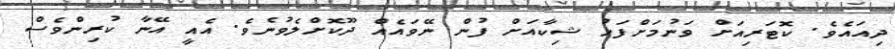
ދިއައެވެ. ކޮޓަރިއަށް ވަނުމަށްފަހު ޝިކާއަށް ފުން ނޭވައެއް ދޫކޮށްލެވުނެވެ. އެއީ އޭނާ ކުރިންވެސް